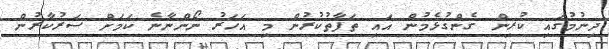
ދިނުމުގައި ކުރިން ގެންގުޅެމުން އައި ތަފާތުކުރުން މި އަހަރު ނޯންނާނެ ކަމަށް ސަރުކާރުން